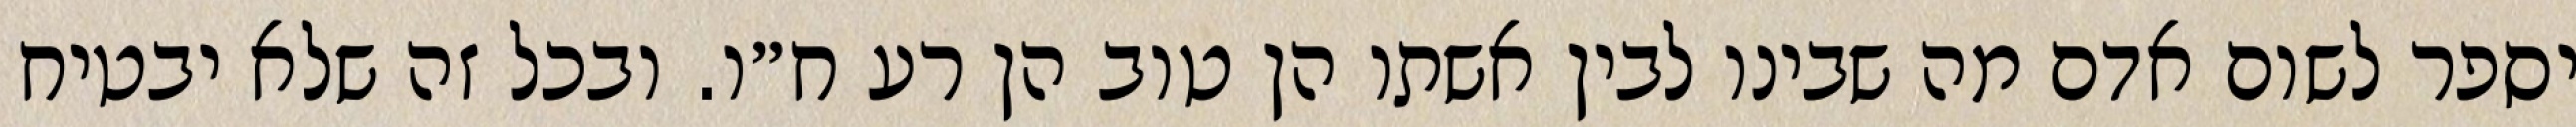
יספר לשום אדם מה שבינו לבין אשתו הן טוב הן רע ח״ו. ובכל זה שלא יבטיח